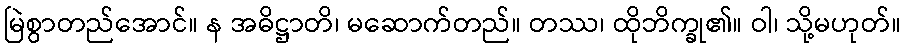
မြဲစွာတည်အောင်။ န အဓိဋ္ဌာတိ၊ မဆောက်တည်။ တဿ၊ ထိုဘိက္ခု၏။ ဝါ၊ သို့မဟုတ်။